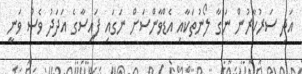
އަދި ސަރުކާރުން ނަގާ ލޯނުތަކާއި އެޑްވާންސަށް ނަގައި ފައިސާގެ އަދަދު ވެސް ވަނީ